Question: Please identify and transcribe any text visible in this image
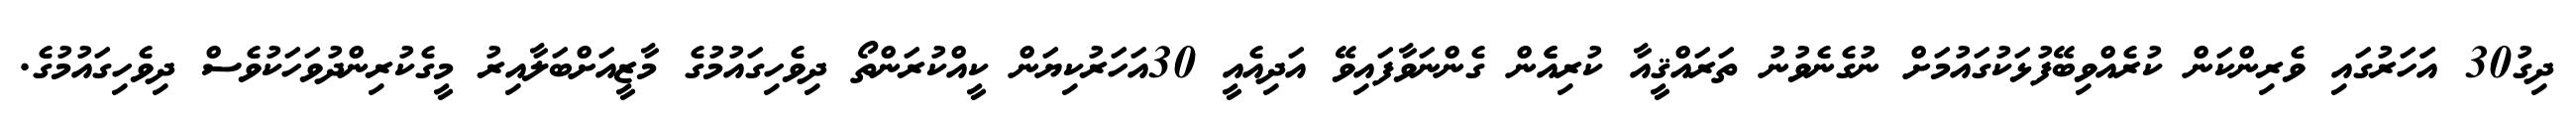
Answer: ދިގު30 އަަހަރުގައި ވެރިންކަން ކުރެއްވިބޭފުޅަކުގައުމަށް ނުގެނެވުނު ތަރައްޤީއާ ކުރިއެެން ގެންނަވާފައިވޭ އަދިއެއީ 30އަހަރުކިޔަން ކީއްކުރަންތޯ ދިވެހިގައުމުގެ މާޒީއަށްބަލާއިރު މީގެކުރިންދުވަހަކުވެސް ދިވެހިގައުމުގެ.